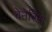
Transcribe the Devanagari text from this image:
वेनेरिस